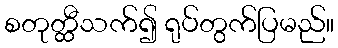
စတုတ္ထီသက်၍ ရုပ်တွက်ပြမည်။